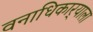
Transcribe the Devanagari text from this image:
वनाधिकार्‍याला